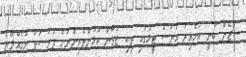
ސުޒޭން ބުނީ އުމެއިރު އަޔަސް ޓީމުގައި ތިބި ޒުވާން ކުޅުންތެރިންނަށް ފުރުސަތު ނުގެއްލޭނެ